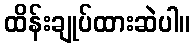
ထိန်းချုပ်ထားဆဲပါ။